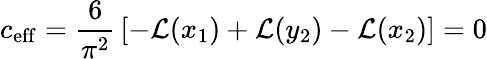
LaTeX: c_{\mathrm{eff}}={\frac{6}{\pi^{2}}}\left[-{\cal L}(x_{1})+{\cal L}(y_{2})-{\cal L}(x_{2})\right]=0